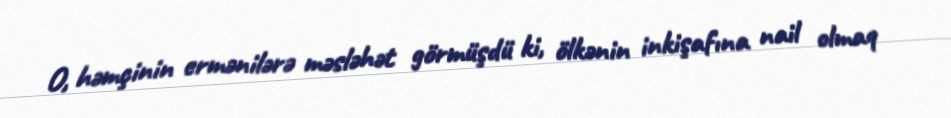
O, həmçinin ermənilərə məsləhət görmüşdü ki, ölkənin inkişafına nail olmaq